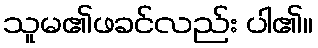
သူမ၏ဖခင်လည်း ပါ၏။